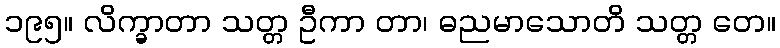
၁၉၅။ လိက္ခာတာ သတ္တ ဦကာ တာ၊ ဓညမာသောတိ သတ္တ တေ။